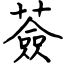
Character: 薟